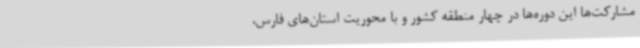
مشارکت‌ها این دوره‌ها در چهار منطقه کشور و با محوریت استان‌های فارس،